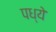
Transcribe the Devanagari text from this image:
पध्ये